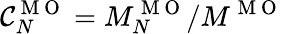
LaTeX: \mathcal{C}_{N}^{\mathrm{{~M~O~}}}=M_{N}^{\mathrm{{~M~O~}}}/M^{\mathrm{{~M~O~}}}